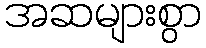
အဆများစွာ